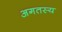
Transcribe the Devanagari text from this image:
अगतस्य